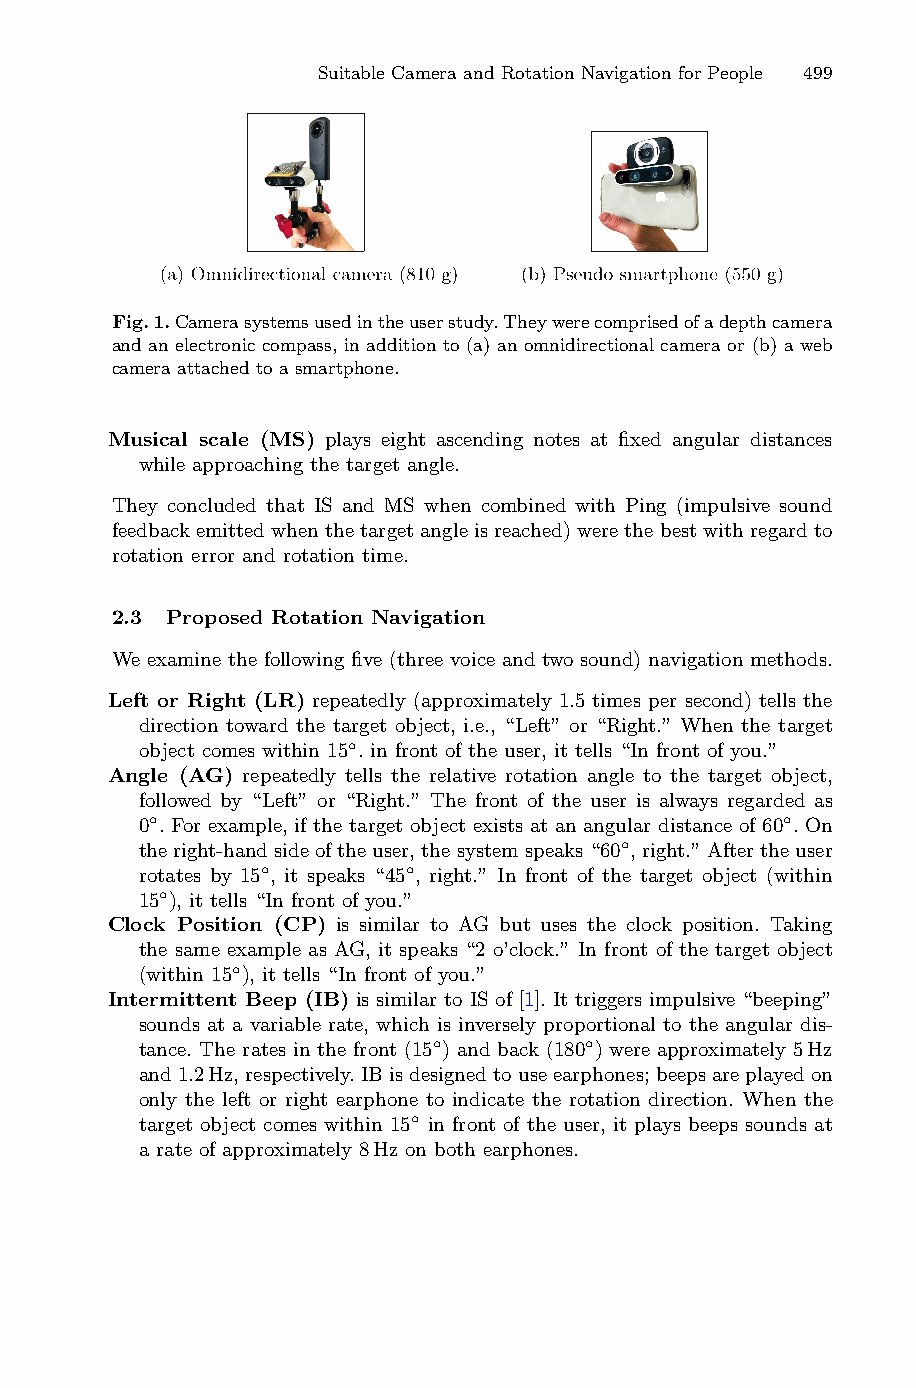
Suitable Camera and Rotation Navigation for People 499
 Fig.1.Camerasystemsusedintheuserstudy.Theywerecomprisedofadepthcamera
 and an electronic compass, in addition to (a) an omnidirectional camera or (b) a web
 camera attached to a smartphone.
 Musical scale (MS) plays eight ascending notes at fixed angular distances
 while approaching the target angle.
 They concluded that IS and MS when combined with Ping (impulsive sound
 feedback emitted whenthetarget angle is reached)were thebestwith regardto
 rotation error and rotation time.
 2.3 Proposed Rotation Navigation
 We examine the following five (three voice and two sound) navigation methods.
 Left or Right (LR) repeatedly (approximately 1.5 times per second) tells the
 direction toward the target object, i.e., “Left” or “Right.” When the target
 object comes within 15◦. in front of the user, it tells “In front of you.”
 Angle (AG) repeatedly tells the relative rotation angle to the target object,
 followed by “Left” or “Right.” The front of the user is always regarded as
 0◦. For example, if the target object exists at an angular distance of 60◦. On
 theright-handsideoftheuser,thesystemspeaks“60◦,right.”Aftertheuser
 rotates by 15◦, it speaks “45◦, right.” In front of the target object (within
 15◦), it tells “In front of you.”
 Clock Position (CP) is similar to AG but uses the clock position. Taking
 the same example as AG, it speaks “2 o’clock.” In front of the target object
 (within 15◦), it tells “In front of you.”
 Intermittent Beep (IB) is similar to IS of [1]. It triggers impulsive “beeping”
 sounds at a variable rate, which is inversely proportional to the angular dis-
 tance. The rates in the front (15◦) and back (180◦) were approximately 5Hz
 and1.2Hz,respectively.IBisdesignedtouseearphones;beepsareplayedon
 only the left or right earphone to indicate the rotation direction. When the
 target object comes within 15◦ in front of the user, it plays beeps sounds at
 a rate of approximately 8Hz on both earphones.